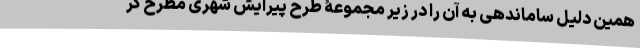
همین دلیل ساماندهی به آن را در زیر مجموعۀ طرح پیرایش شهری مطرح کر